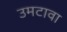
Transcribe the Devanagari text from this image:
उमटावा